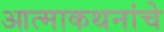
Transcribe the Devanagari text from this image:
आत्माकथनांचे